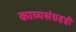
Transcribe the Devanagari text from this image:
काव्यसंग्रहही